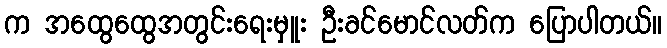
က အထွေထွေအတွင်းရေးမှူး ဦးခင်မောင်လတ်က ပြောပါတယ်။